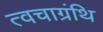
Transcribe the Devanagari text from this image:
त्वचाग्रंथि